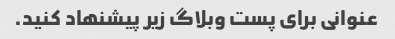
عنوانی برای پست وبلاگ زیر پیشنهاد کنید.